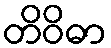
တိဝိဓာ